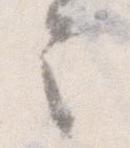
令